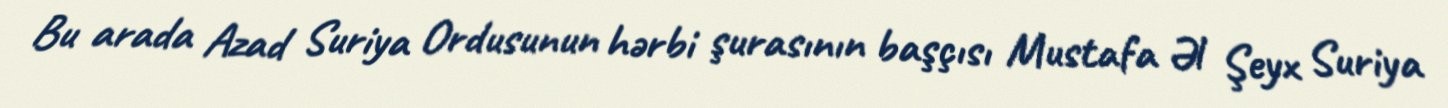
Bu arada Azad Suriya Ordusunun hərbi şurasının başçısı Mustafa Əl Şeyx Suriya